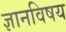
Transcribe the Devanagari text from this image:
ज्ञानविषय